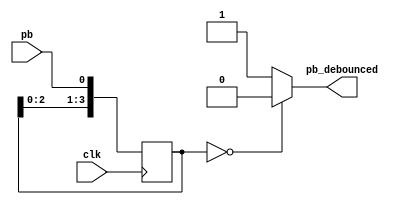
module debounce(pb_debounced, pb, clk);

  //push_button_debounced, push_button, clock
  output    pb_debounced; // signal of push button after debounced
  input     pb;           // signal from push button of the FPGA board
  input     clk;          // 100hz clock
  
  reg [3:0] shift_reg;    // use shift_reg to filter push button bounce 

  //when positive edge clock, shift the signal of pb to shift_reg[0]
  always @(posedge clk) begin
    shift_reg[3:1] <= shift_reg[2:0];
    shift_reg[0] <= pb;
  end

  //if pb remain 0 at 4 positive edge clock, then pb_debounced = 0
  assign pb_debounced = ((shift_reg == 4'b0000) ? 1'b0 : 1'b1);

endmodule